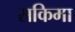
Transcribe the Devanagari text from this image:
सकिमा